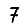
Digit: 7